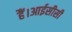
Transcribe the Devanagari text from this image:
हैं।आईसीसी